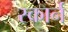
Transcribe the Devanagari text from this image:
स्कार्न